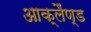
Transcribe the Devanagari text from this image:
आक्लैंण्ड